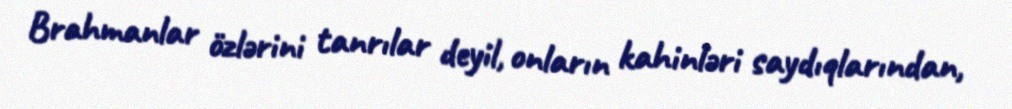
Brahmanlar özlərini tanrılar deyil, onların kahinləri saydıqlarından,